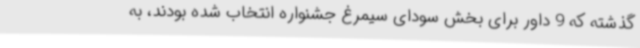
گذشته که 9 داور برای بخش سودای سیمرغ جشنواره انتخاب شده بودند، به